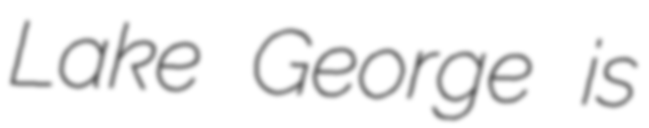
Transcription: Lake George is